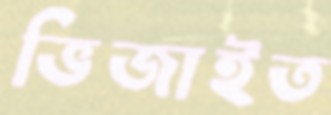
ভিজাইত